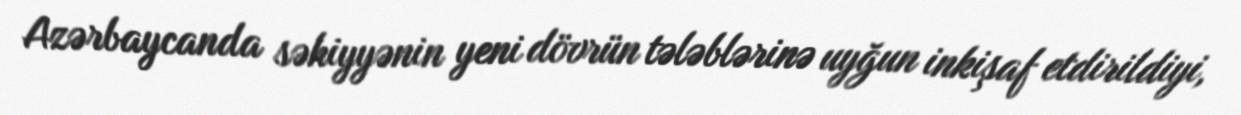
Azərbaycanda səhiyyənin yeni dövrün tələblərinə uyğun inkişaf etdirildiyi,